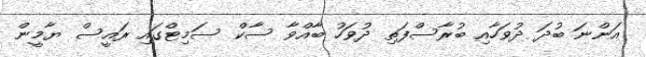
އަންނަ ބުދަ ދުވަހާއި ބުރާސްފަތި ދުވަހު ބާއްވާ ސާކް ސަމިޓްގައި ރައީސް ޔާމީން